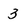
Character: 3